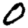
Digit: 0